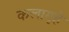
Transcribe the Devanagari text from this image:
कलागृहे